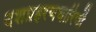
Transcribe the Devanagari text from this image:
दशप्रहरणधारिणी